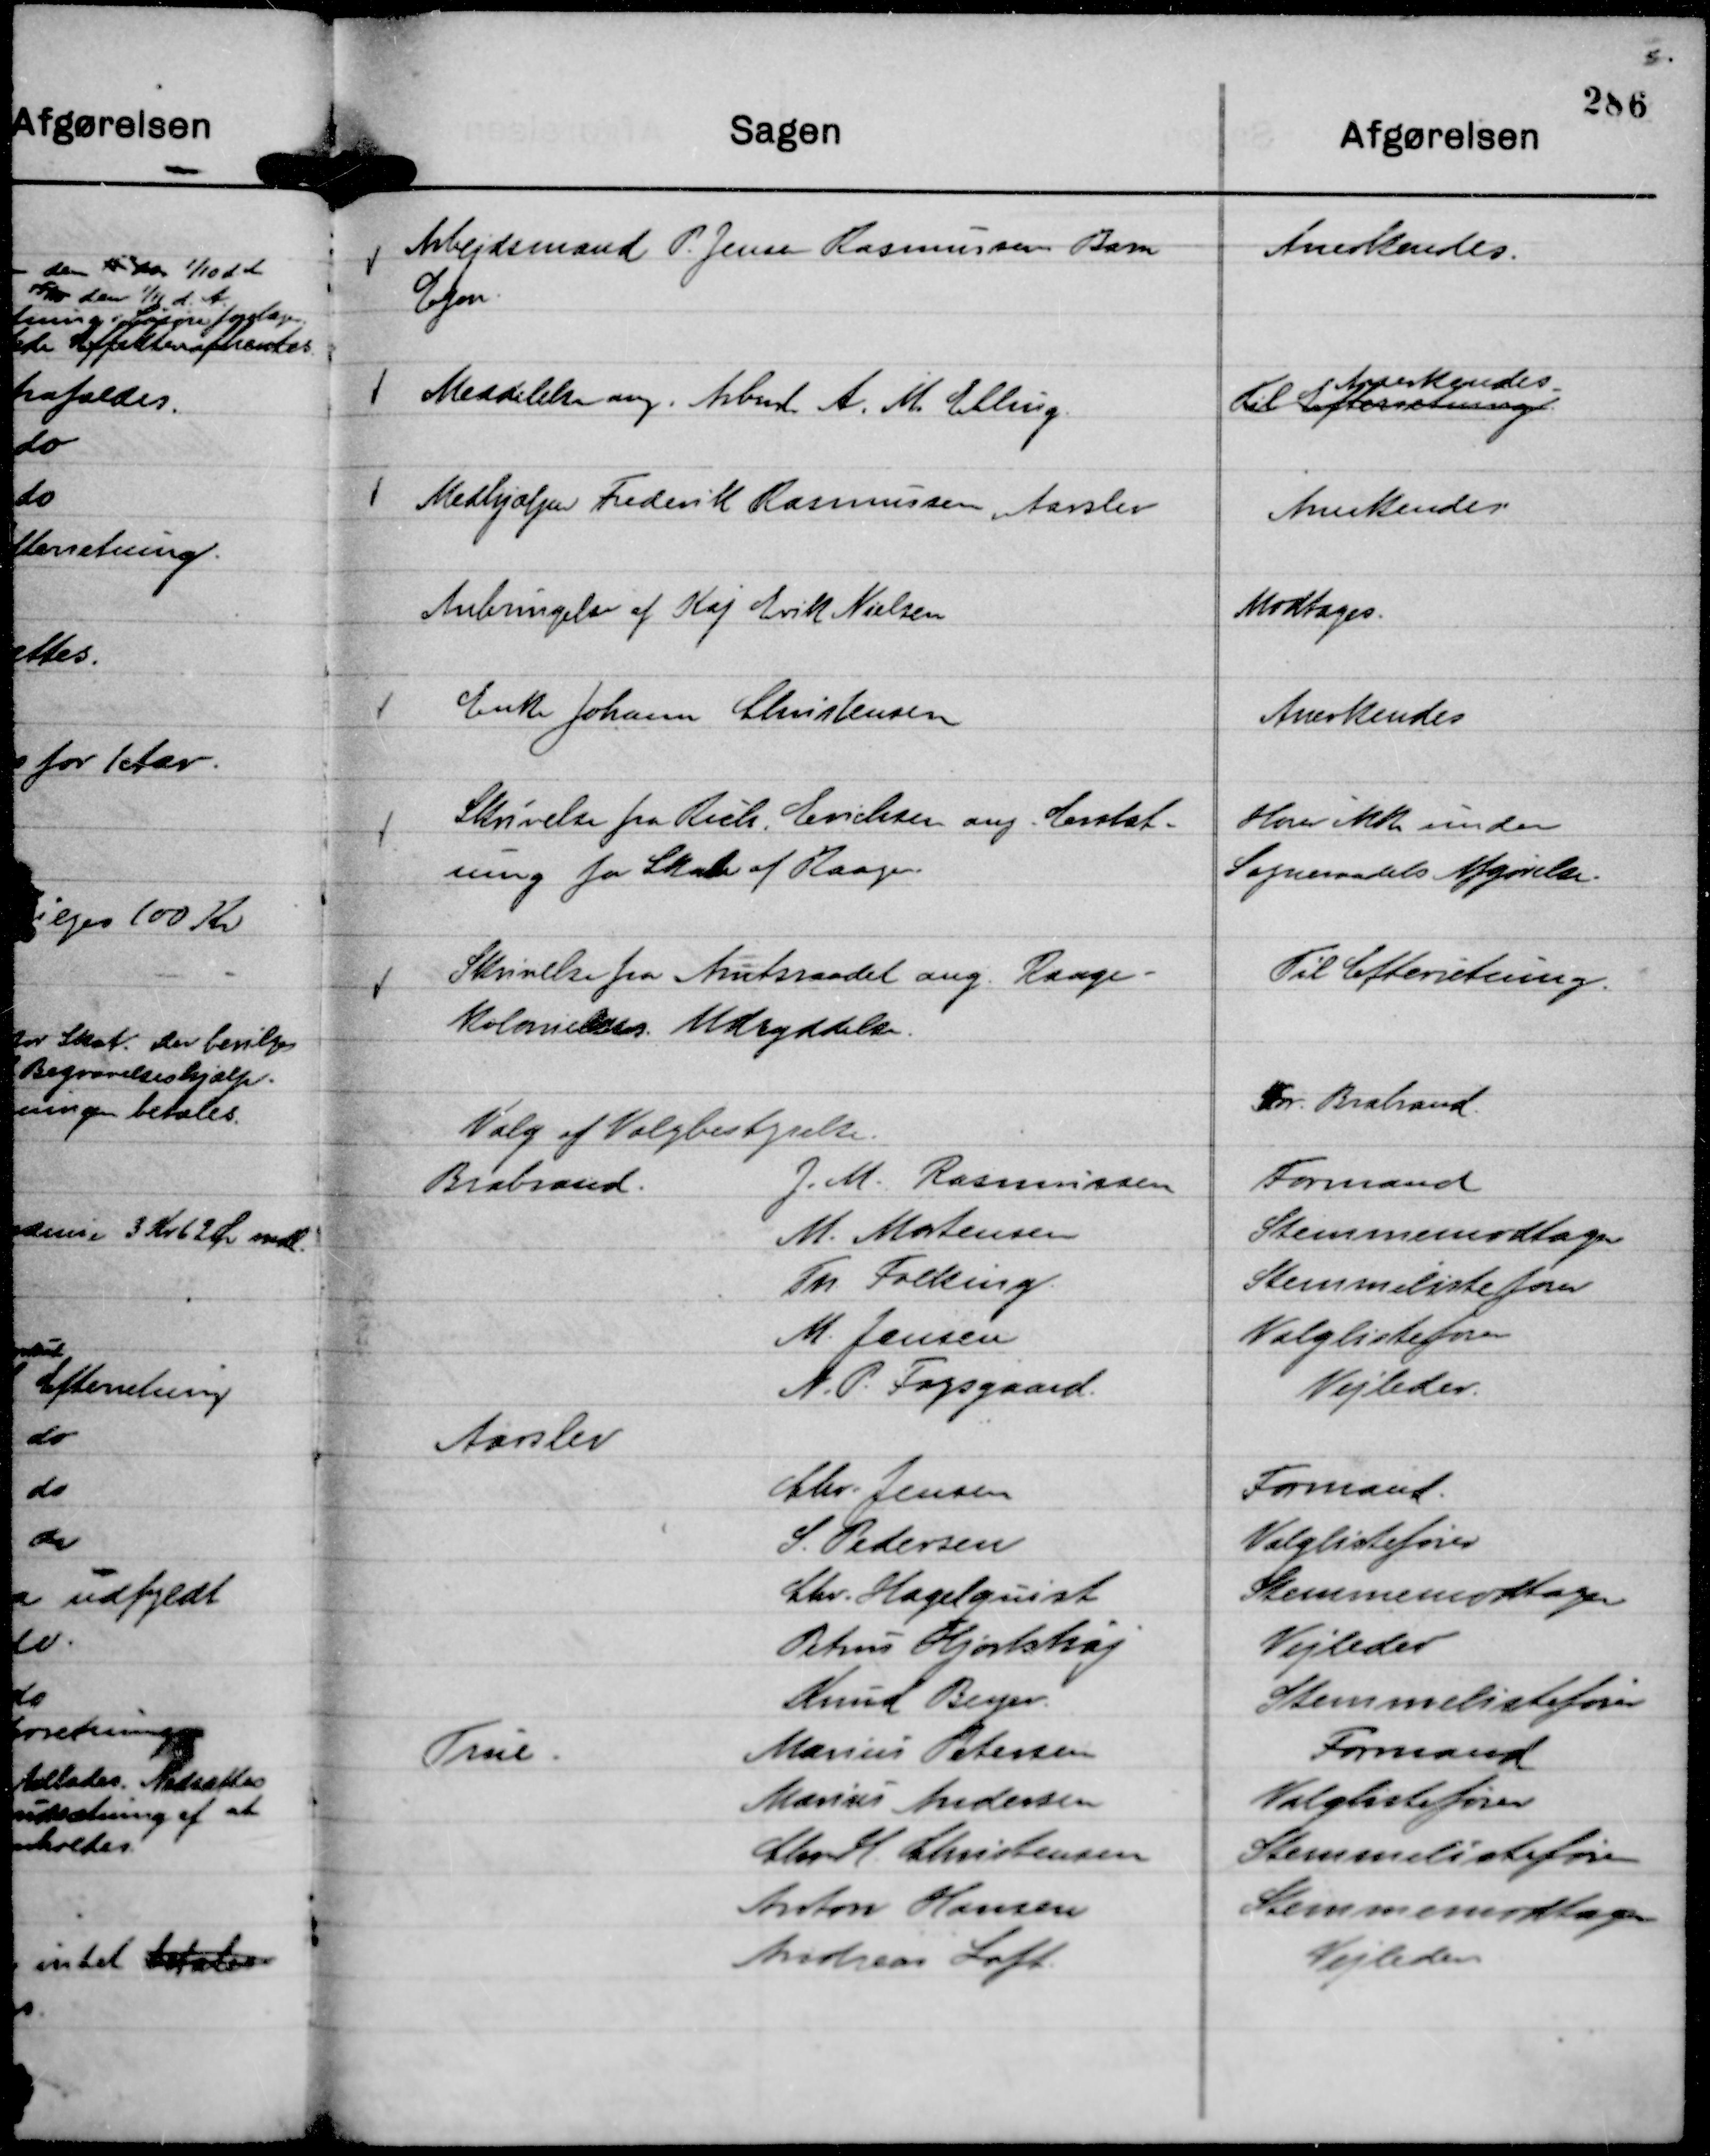
Transskription:
Arbejdsmand P. Jensen Rasmussens Barn
Egon.

Anerkendes.

Meddelelse ang. Arbmd. A. M. Elling.

Til Efterretning.
Anerkendes.

Medhjælper Frederik Rasmussen, Aarslev

Anerkendes

Anbringelse af Kaj Erik Nielsen

Modtages.

Enke Johann Christensen

Anerkendes

Skrivelse fra Rich. Erichsen ang. Erstat-
ning fra Skade af Raager.

Hører ikke under
Sogneraadets Afgørelse.

Skrivelse fra Amtsraadet ang. Raage-
koloniens Udryddelse.

Til Efterretning.

Valg af Valgbestyrelse.
For. Brabrand.

Brabrand.
J. M. Rasmussen
Formand

M. Mortensen
Stemmemodtager

Th Folking.
Stemmelistefører

M. Jensen
Valglistefører

N. P. Fogsgaard
Vejleder.

Aarslev

Chr. Jensen
Formand

S. Pedersen
Valglistefører

Chr. Hagelquist
Stemmemodtager

Petrus Hjortshøj
Vejleder.

Knud Beyer.
Stemmelistefører

True.
Marius Petersen
Formand

Marius Andersen
Valglistefører

Chr M. Christensen
Stemmelistefører

Anton Hansen
Stemmemodtager

Andreas Loft.
Vejleder